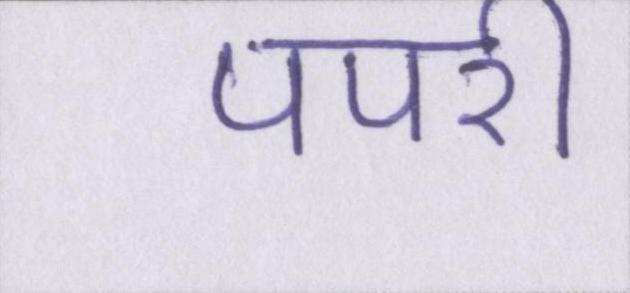
पपरी